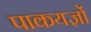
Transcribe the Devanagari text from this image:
पाकयज्ञों